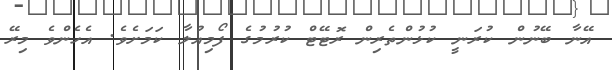
އޭނާ ބޭނުން ކުރަނީ ކުޅުންތެރިން ރޮޓޭޓް ކުރުމުގެ ފޯމިއުލާ ކަމަށެވެ. އެހެންވެ މިރޭ